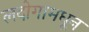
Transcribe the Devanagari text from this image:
लदोगामधून